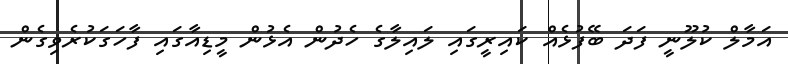
އަމާލް ކުލޫނީ ފަދަ ބޭފުޅެއް ކައިރީގައި ލައިލާގެ ހެދުން އެޅުން މީޑިއާގައި ފާހަގަކުރެވިގެން